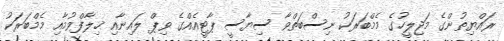
ރައްޔިތުންގެ މަޖިލީހުގެ މެމްބަރަކު ނިސްބަތްވާ ސިޔާސީ ޕާޓީއެއްގެ ވިޕް ލައިނާއި ޚިލާފްވުމާއި މެމްބަރަކު